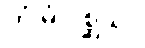
တွံ မံ ဂစ္ဆသိ။